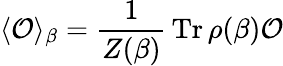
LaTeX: \langle{\cal O}\rangle_{\beta}={\frac{1}{Z(\beta)}}\, \mathrm{Tr}\, \rho(\beta){\cal O}